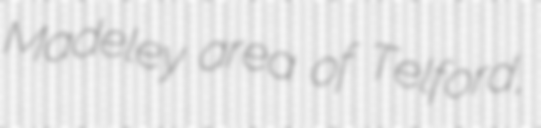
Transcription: Madeley area of Telford,